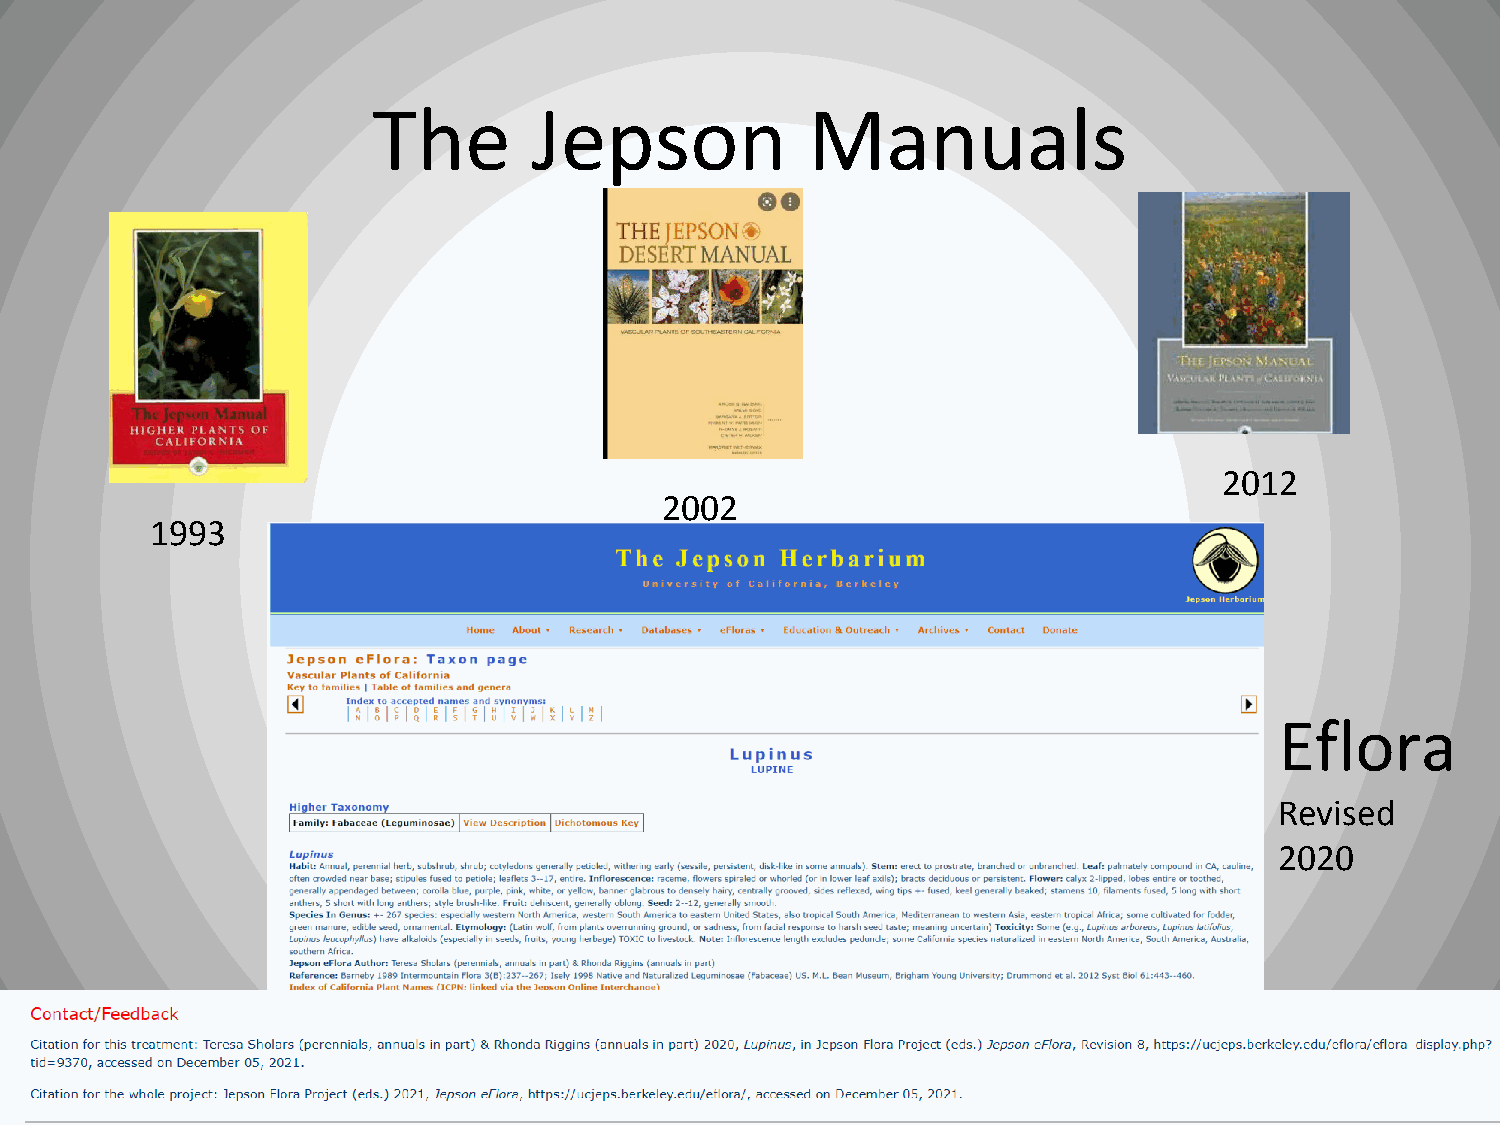
The       Jepson            Manuals
 2012
 2002
 1993
 Eflora
 Revised
 2020